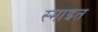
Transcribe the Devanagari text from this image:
स्माइत